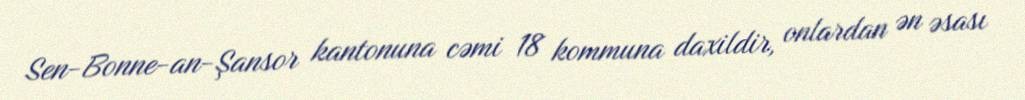
Sen-Bonne-an-Şansor kantonuna cəmi 18 kommuna daxildir, onlardan ən əsası